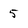
Character: 5